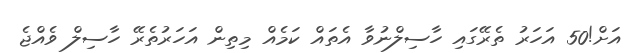
އަށް!50 އަހަރު ތެރޭގައި ހާސިލްނުވާ އެތައް ކަމެއް މިތިން އަހަރުތެރޭ ހާސިލް ވެއްޖެ